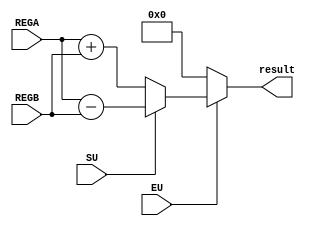
module Adder_subtractor#(parameter WIDTH=8)(input SU,
input EU,
input [WIDTH-1:0] REGA,
input [WIDTH-1:0] REGB,
output reg [WIDTH-1:0] result);
reg [WIDTH-1:0] REG_RESULT;
always@(*)
 begin
	if(!SU)
	 begin
		REG_RESULT<=REGA+REGB;
	 end
	else
	 begin
		REG_RESULT<=REGA-REGB;
	 end
 end

always@(*)
 begin
	if(EU)
	 begin
		result<=REG_RESULT;
	 end
	else
	 begin
		result<='b0;
	 end
 end

endmodule